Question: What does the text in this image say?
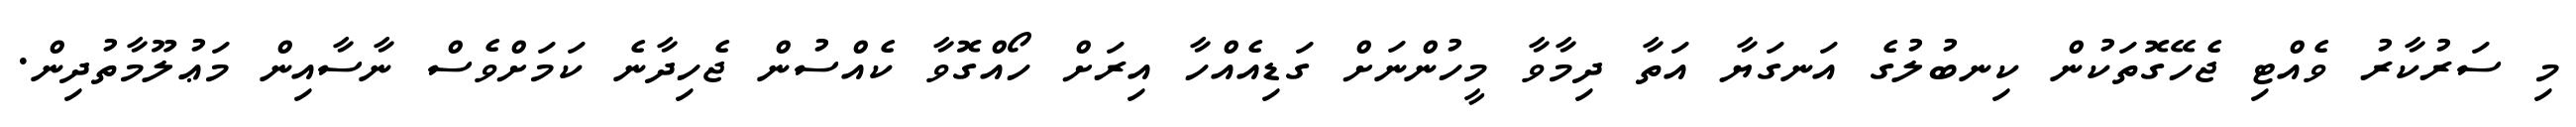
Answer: މި ސަރުކާރު ވެއްޓި ޖެހޭގޮތަކުން ކިނބުލުގެ އަނގަޔާ އަތާ ދިމާވާ މީހުންނަށް ގަޑިއެއްހާ އިރަށް ހޯއްގޮވާ ކެއްސުން ޖެހިދާނެ ކަމަށްވެސް ނާސާއިން މަޢުލޫމާތުދިން.